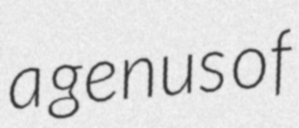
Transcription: a genus of